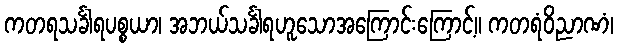
ကတရသင်္ခါရပစ္စယာ၊ အဘယ်သင်္ခါရဟူသောအကြောင်းကြောင့်။ ကတရံဝိညာဏံ၊